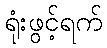
ရုံးဖွင့်ရက်